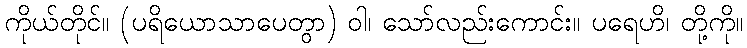
ကိုယ်တိုင်။ (ပရိယောသာပေတွာ) ဝါ၊ သော်လည်းကောင်း။ ပရေဟိ၊ တို့ကို။